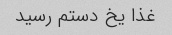
غذا یخ دستم رسید